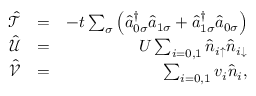
\begin{array} { r l r } { \mathcal { \hat { T } } } & { = } & { - t \sum _ { \sigma } \left( \hat { a } _ { 0 \sigma } ^ { \dagger } \hat { a } _ { 1 \sigma } + \hat { a } _ { 1 \sigma } ^ { \dagger } \hat { a } _ { 0 \sigma } \right) } \\ { \mathcal { \hat { U } } } & { = } & { U \sum _ { i = 0 , 1 } \hat { n } _ { i \uparrow } \hat { n } _ { i \downarrow } } \\ { \mathcal { \hat { V } } } & { = } & { \sum _ { i = 0 , 1 } v _ { i } \hat { n } _ { i } , } \end{array}